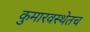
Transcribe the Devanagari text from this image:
कुमारवस्थेतच